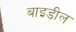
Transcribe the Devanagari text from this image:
बाइडील